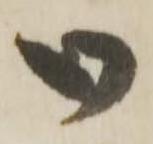
御